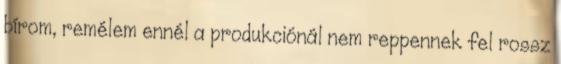
bírom, remélem ennél a produkciónál nem reppennek fel rossz